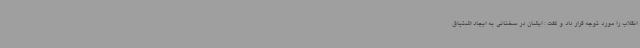
انقلاب را مورد توجه قرار داد و گفت : ایشان در سخنانی به ایجاد اشتیاق